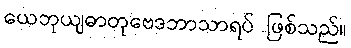
ယေဘုယျဓာတုဗေဒဘာသာရပ် ဖြစ်သည်။